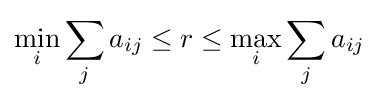
\min _{i}\sum _{j}a_{ij}\leq r\leq \max _{i}\sum _{j}a_{ij}